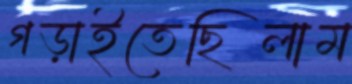
গড়াইতেছিলাম